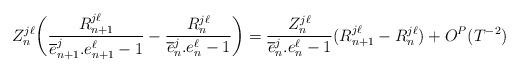
LaTeX: \begin{align*}Z_{n}^{j\ell}\bigg(\frac{R_{n+1}^{j\ell}}{\overline e _{n+1}^j.e_{n+1}^\ell-1}-\frac{R_{n}^{j\ell}}{\overline e _{n}^j.e_{n}^\ell-1}\bigg) = \frac{Z_{n}^{j\ell}}{\overline e _{n}^j.e_{n}^\ell-1}(R_{n+1}^{j\ell}-R_{n}^{j\ell}) + O^P({T}^{-2}) \end{align*}